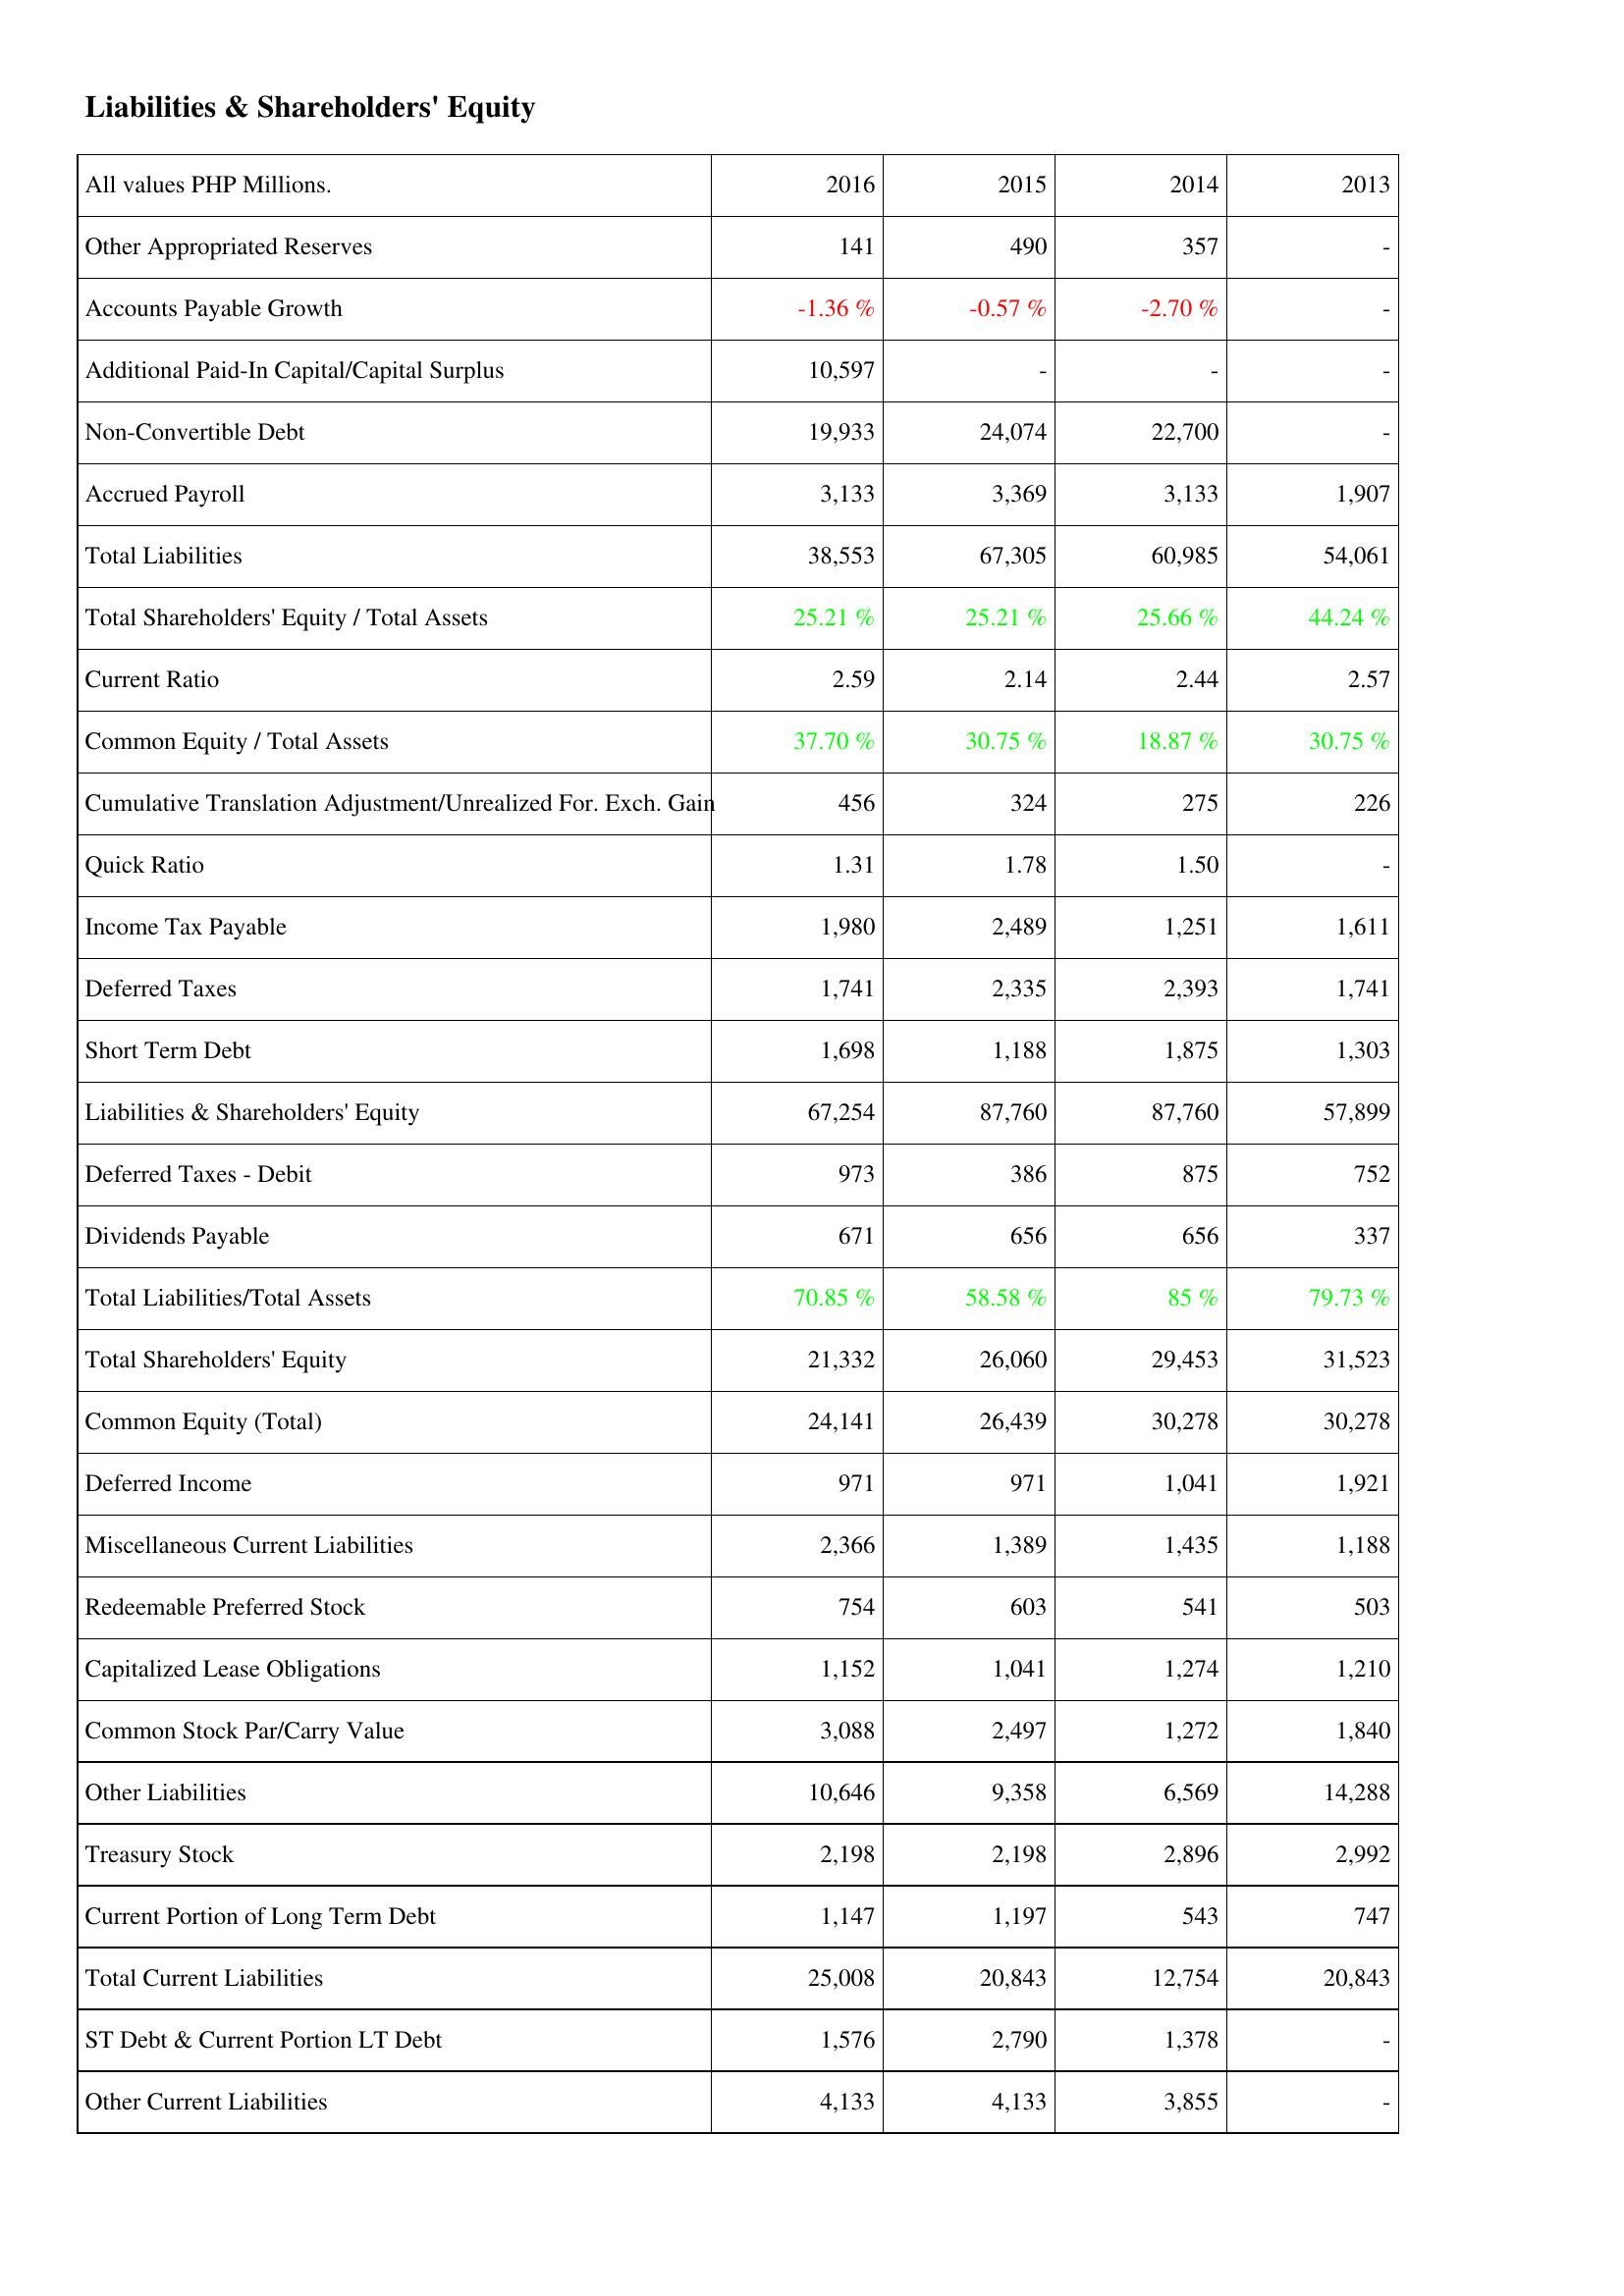
2016: Liabilities & Shareholders' Equity: Other Appropriated Reserves: 141
Accounts Payable Growth: -1.36 %
Additional Paid-In Capital/Capital Surplus: 10,597
Non-Convertible Debt: 19,933
Accrued Payroll: 3,133
Total Liabilities: 38,553
Total Shareholders' Equity / Total Assets: 25.21 %
Current Ratio: 2.59
Common Equity / Total Assets: 37.70 %
Cumulative Translation Adjustment/Unrealized For. Exch. Gain: 456
Quick Ratio: 1.31
Income Tax Payable: 1,980
Deferred Taxes: 1,741
Short Term Debt: 1,698
Liabilities & Shareholders' Equity: 67,254
Deferred Taxes - Debit: 973
Dividends Payable: 671
Total Liabilities/Total Assets: 70.85 %
Total Shareholders' Equity: 21,332
Common Equity (Total): 24,141
Deferred Income: 971
Miscellaneous Current Liabilities: 2,366
Redeemable Preferred Stock: 754
Capitalized Lease Obligations: 1,152
Common Stock Par/Carry Value: 3,088
Other Liabilities: 10,646
Treasury Stock: 2,198
Current Portion of Long Term Debt: 1,147
Total Current Liabilities: 25,008
ST Debt & Current Portion LT Debt: 1,576
Other Current Liabilities: 4,133
2015: Liabilities & Shareholders' Equity: Other Appropriated Reserves: 490
Accounts Payable Growth: -0.57 %
Additional Paid-In Capital/Capital Surplus: -
Non-Convertible Debt: 24,074
Accrued Payroll: 3,369
Total Liabilities: 67,305
Total Shareholders' Equity / Total Assets: 25.21 %
Current Ratio: 2.14
Common Equity / Total Assets: 30.75 %
Cumulative Translation Adjustment/Unrealized For. Exch. Gain: 324
Quick Ratio: 1.78
Income Tax Payable: 2,489
Deferred Taxes: 2,335
Short Term Debt: 1,188
Liabilities & Shareholders' Equity: 87,760
Deferred Taxes - Debit: 386
Dividends Payable: 656
Total Liabilities/Total Assets: 58.58 %
Total Shareholders' Equity: 26,060
Common Equity (Total): 26,439
Deferred Income: 971
Miscellaneous Current Liabilities: 1,389
Redeemable Preferred Stock: 603
Capitalized Lease Obligations: 1,041
Common Stock Par/Carry Value: 2,497
Other Liabilities: 9,358
Treasury Stock: 2,198
Current Portion of Long Term Debt: 1,197
Total Current Liabilities: 20,843
ST Debt & Current Portion LT Debt: 2,790
Other Current Liabilities: 4,133
2014: Liabilities & Shareholders' Equity: Other Appropriated Reserves: 357
Accounts Payable Growth: -2.70 %
Additional Paid-In Capital/Capital Surplus: -
Non-Convertible Debt: 22,700
Accrued Payroll: 3,133
Total Liabilities: 60,985
Total Shareholders' Equity / Total Assets: 25.66 %
Current Ratio: 2.44
Common Equity / Total Assets: 18.87 %
Cumulative Translation Adjustment/Unrealized For. Exch. Gain: 275
Quick Ratio: 1.50
Income Tax Payable: 1,251
Deferred Taxes: 2,393
Short Term Debt: 1,875
Liabilities & Shareholders' Equity: 87,760
Deferred Taxes - Debit: 875
Dividends Payable: 656
Total Liabilities/Total Assets: 85 %
Total Shareholders' Equity: 29,453
Common Equity (Total): 30,278
Deferred Income: 1,041
Miscellaneous Current Liabilities: 1,435
Redeemable Preferred Stock: 541
Capitalized Lease Obligations: 1,274
Common Stock Par/Carry Value: 1,272
Other Liabilities: 6,569
Treasury Stock: 2,896
Current Portion of Long Term Debt: 543
Total Current Liabilities: 12,754
ST Debt & Current Portion LT Debt: 1,378
Other Current Liabilities: 3,855
2013: Liabilities & Shareholders' Equity: Other Appropriated Reserves: -
Accounts Payable Growth: -
Additional Paid-In Capital/Capital Surplus: -
Non-Convertible Debt: -
Accrued Payroll: 1,907
Total Liabilities: 54,061
Total Shareholders' Equity / Total Assets: 44.24 %
Current Ratio: 2.57
Common Equity / Total Assets: 30.75 %
Cumulative Translation Adjustment/Unrealized For. Exch. Gain: 226
Quick Ratio: -
Income Tax Payable: 1,611
Deferred Taxes: 1,741
Short Term Debt: 1,303
Liabilities & Shareholders' Equity: 57,899
Deferred Taxes - Debit: 752
Dividends Payable: 337
Total Liabilities/Total Assets: 79.73 %
Total Shareholders' Equity: 31,523
Common Equity (Total): 30,278
Deferred Income: 1,921
Miscellaneous Current Liabilities: 1,188
Redeemable Preferred Stock: 503
Capitalized Lease Obligations: 1,210
Common Stock Par/Carry Value: 1,840
Other Liabilities: 14,288
Treasury Stock: 2,992
Current Portion of Long Term Debt: 747
Total Current Liabilities: 20,843
ST Debt & Current Portion LT Debt: -
Other Current Liabilities: -